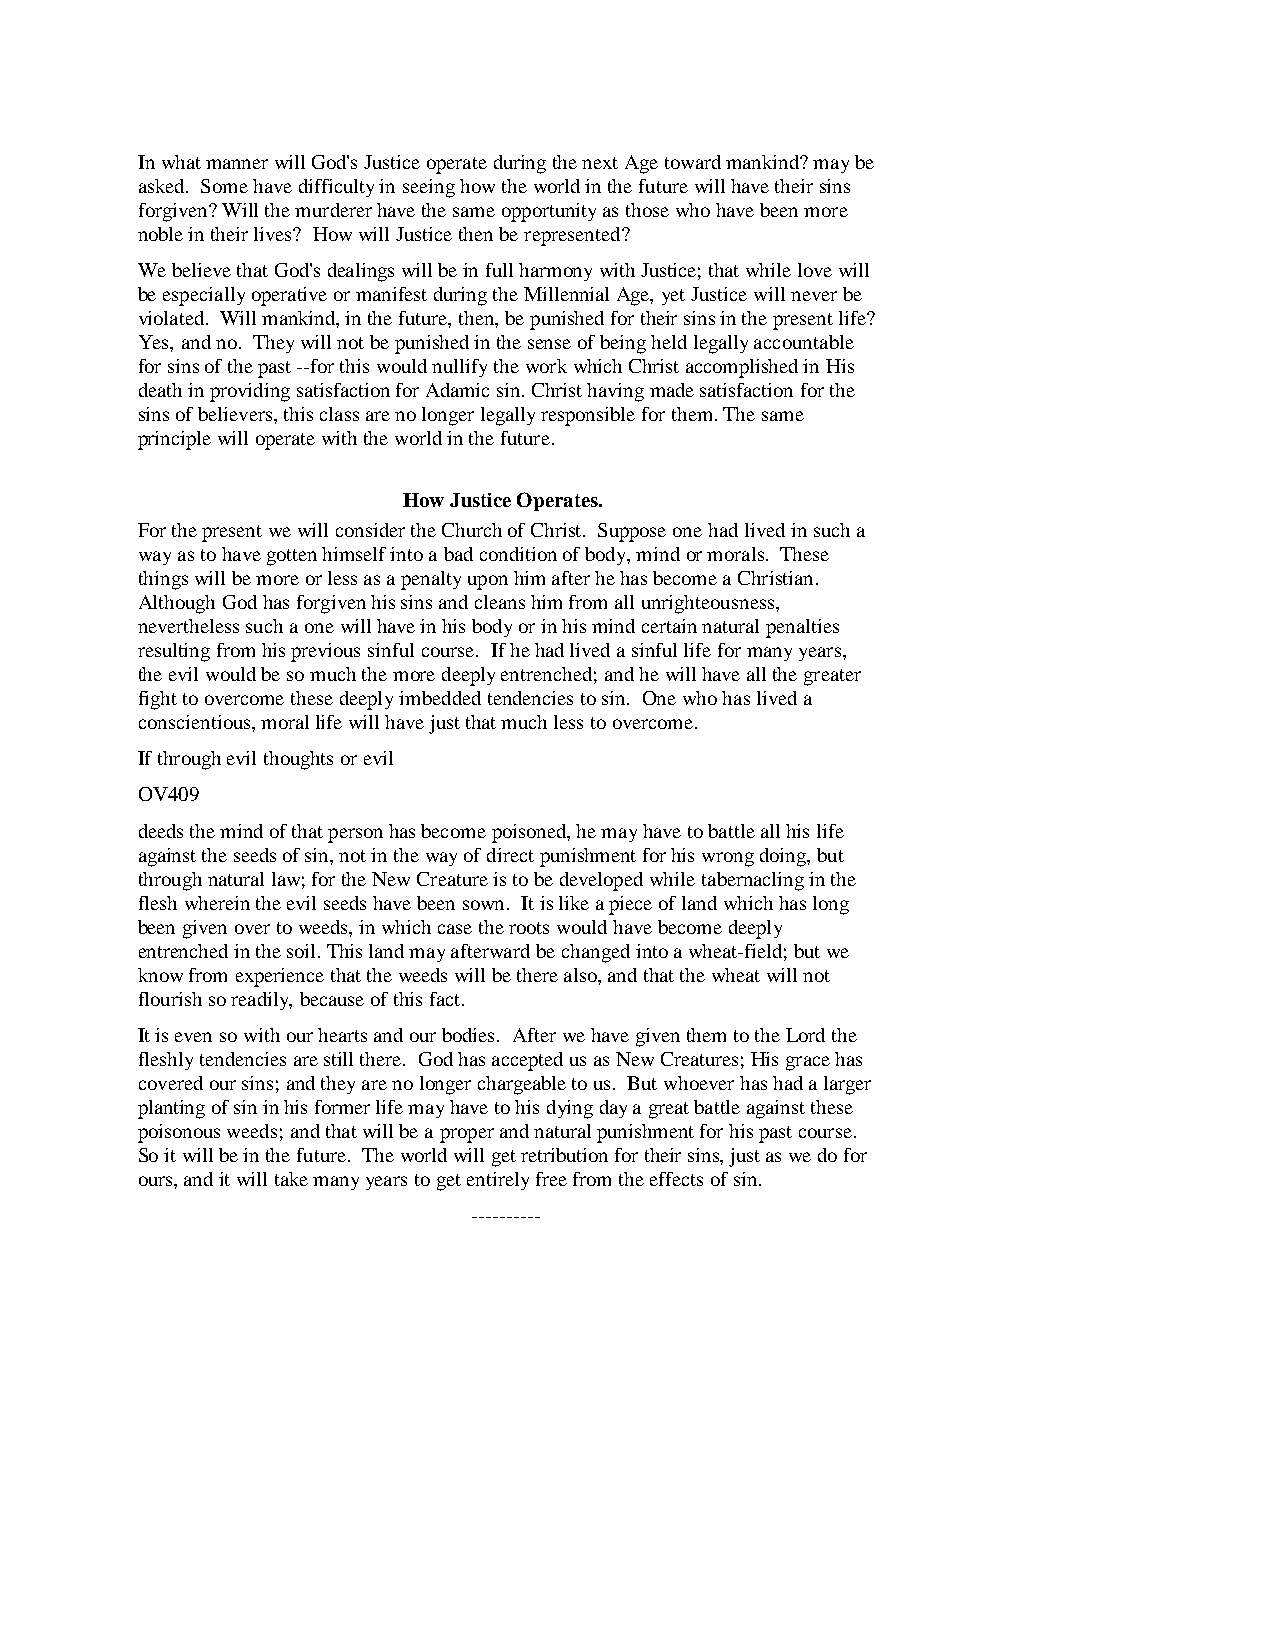
In what manner will God's Justice operate during the next Age toward mankind? may be
 asked. Some have difficulty in seeing how the world in the future will have their sins
 forgiven? Will the murderer have the same opportunity as those who have been more
 noble in their lives? How will Justice then be represented?
 We believe that God's dealings will be in full harmony with Justice; that while love will
 be especially operative or manifest during the Millennial Age, yet Justice will never be
 violated. Will mankind, in the future, then, be punished for their sins in the present life?
 Yes, and no. They will not be punished in the sense of being held legally accountable
 for sins of the past --for this would nullify the work which Christ accomplished in His
 death in providing satisfaction for Adamic sin. Christ having made satisfaction for the
 sins of believers, this class are no longer legally responsible for them. The same
 principle will operate with the world in the future.
 How Justice Operates.
 For the present we will consider the Church of Christ. Suppose one had lived in such a
 way as to have gotten himself into a bad condition of body, mind or morals. These
 things will be more or less as a penalty upon him after he has become a Christian.
 Although God has forgiven his sins and cleans him from all unrighteousness,
 nevertheless such a one will have in his body or in his mind certain natural penalties
 resulting from his previous sinful course. If he had lived a sinful life for many years,
 the evil would be so much the more deeply entrenched; and he will have all the greater
 fight to overcome these deeply imbedded tendencies to sin. One who has lived a
 conscientious, moral life will have just that much less to overcome.
 If through evil thoughts or evil
 OV409
 deeds the mind of that person has become poisoned, he may have to battle all his life
 against the seeds of sin, not in the way of direct punishment for his wrong doing, but
 through natural law; for the New Creature is to be developed while tabernacling in the
 flesh wherein the evil seeds have been sown. It is like a piece of land which has long
 been given over to weeds, in which case the roots would have become deeply
 entrenched in the soil. This land may afterward be changed into a wheat-field; but we
 know from experience that the weeds will be there also, and that the wheat will not
 flourish so readily, because of this fact.
 It is even so with our hearts and our bodies. After we have given them to the Lord the
 fleshly tendencies are still there. God has accepted us as New Creatures; His grace has
 covered our sins; and they are no longer chargeable to us. But whoever has had a larger
 planting of sin in his former life may have to his dying day a great battle against these
 poisonous weeds; and that will be a proper and natural punishment for his past course.
 So it will be in the future. The world will get retribution for their sins, just as we do for
 ours, and it will take many years to get entirely free from the effects of sin.
 ----------